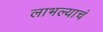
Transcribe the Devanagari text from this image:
लाभल्याचं